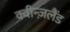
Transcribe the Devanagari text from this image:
क्वीन्ज़लैंड